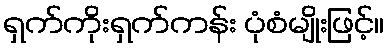
ရှက်ကိုးရှက်ကန်း ပုံစံမျိုးဖြင့်။